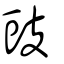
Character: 豉